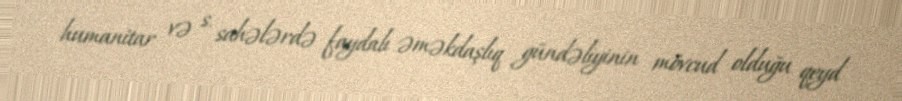
humanitar və s. sahələrdə faydalı əməkdaşlıq gündəliyinin mövcud olduğu qeyd